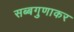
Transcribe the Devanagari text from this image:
सब्बगुणाकर